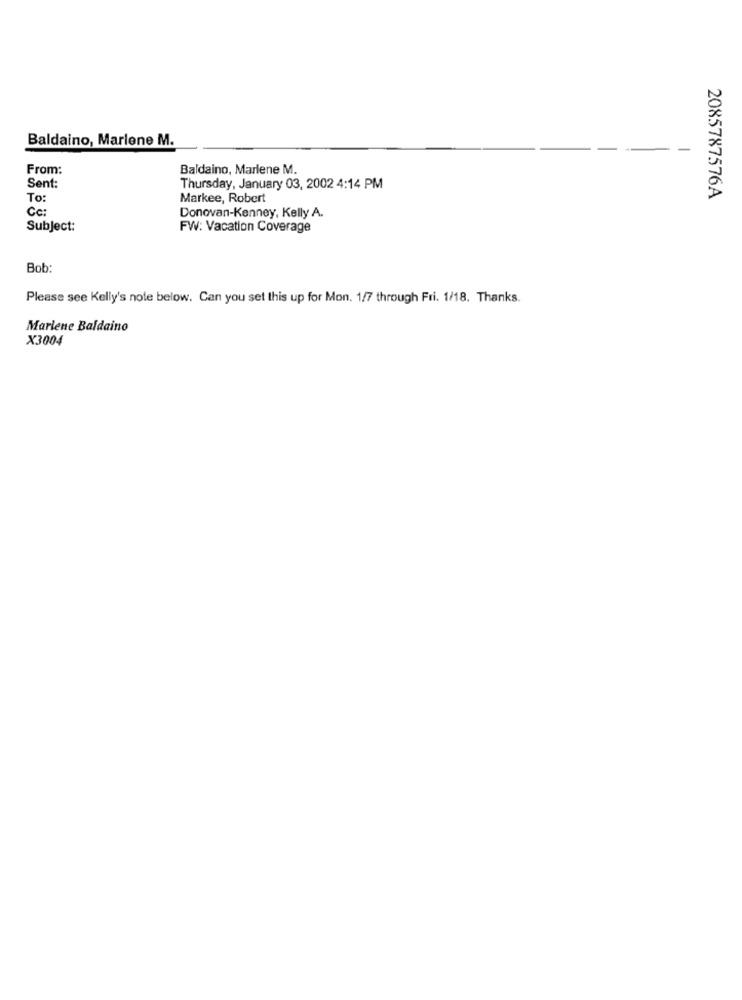
Baldaino, Marlene M.
-
From:
Baldaino, Marlene M.
Sent:
Thursday, January 03, 2002 4:14 PM
To
Markee, Robert
2085787576A
Cc:
Donovan-Kenney, Kelly A.
Subject:
FW: Vacation Coverage
Bob:
Please see Kelly's note below. Can you set this up for Mon. 1/7 through Fri. 1/18. Thanks.
Marlene Baldaino
X3004